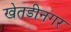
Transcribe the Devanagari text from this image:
खेतडीनगर